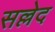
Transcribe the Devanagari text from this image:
सल्लेद